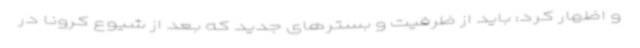
و اظهار کرد: باید از ظرفیت و بسترهای جدید که بعد از شیوع کرونا در